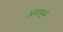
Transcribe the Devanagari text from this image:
अंतामुळे